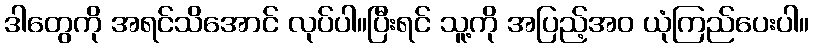
ဒါတွေကို အရင်သိအောင် လုပ်ပါ။ပြီးရင် သူ့ကို အပြည့်အဝ ယုံကြည်ပေးပါ။